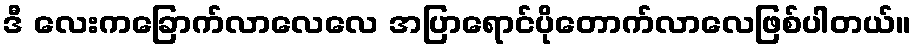
ဒီ လေးကခြောက်လာလေလေ အပြာရောင်ပိုတောက်လာလေဖြစ်ပါတယ်။